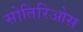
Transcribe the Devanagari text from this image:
सोतिरिओस